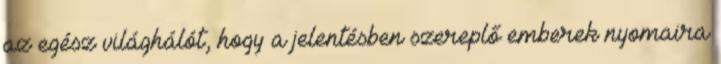
az egész világhálót, hogy a jelentésben szereplő emberek nyomaira